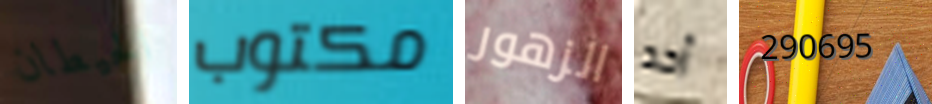
الحيطان مكتوب الزهور أحد 290695